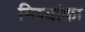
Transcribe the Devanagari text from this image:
मिश्यांका